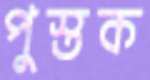
পুস্তক